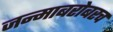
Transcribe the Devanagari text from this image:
जन्माबरोबरच